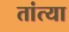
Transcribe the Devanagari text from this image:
तांत्‍या